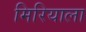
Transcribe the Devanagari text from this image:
मिरियाला